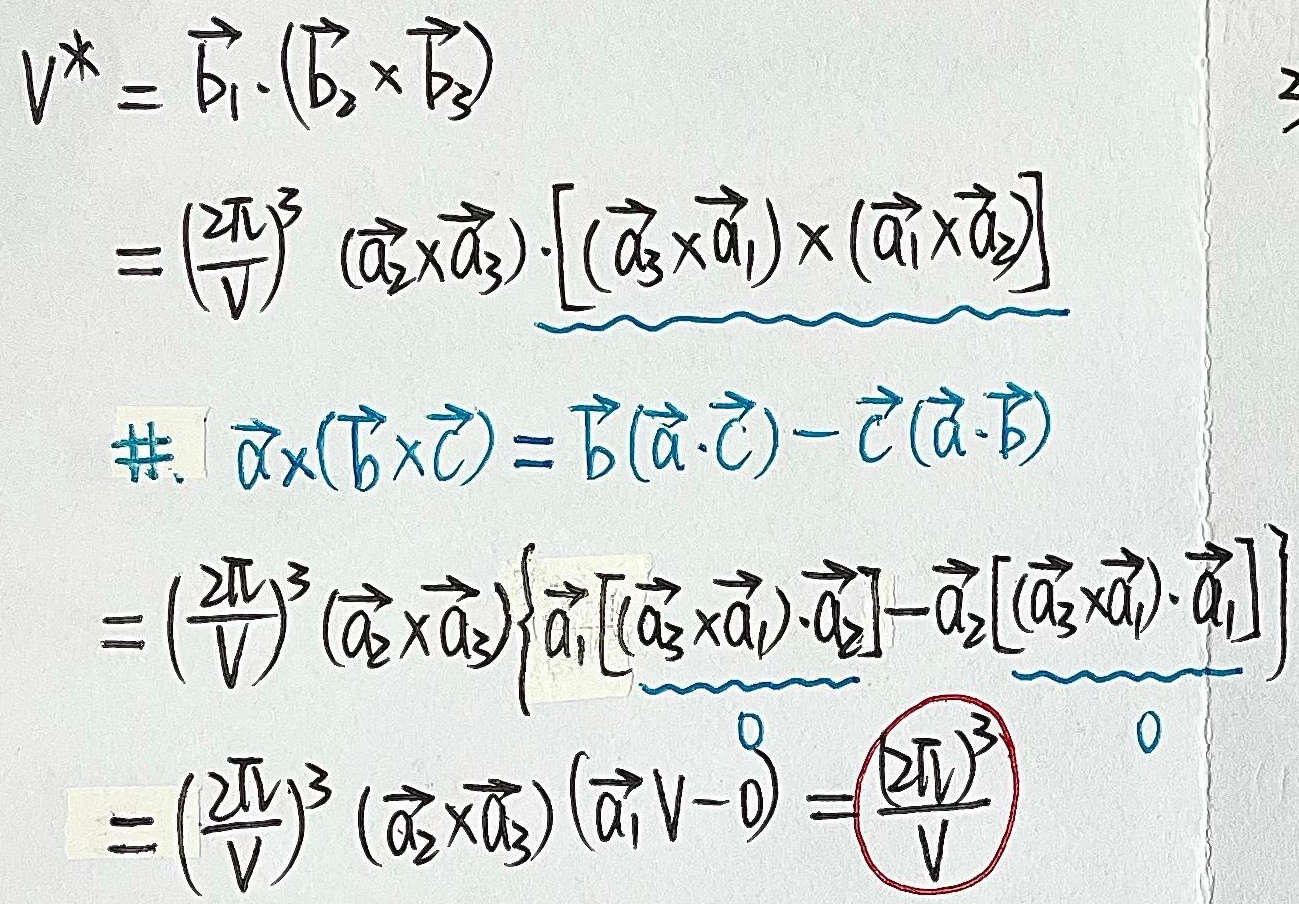
根据向量混合积公式\(\vec{a}\times(\vec{b}\times\vec{c})=\vec{b}(\vec{a}\cdot\vec{c}) - \vec{c}(\vec{a}\cdot\vec{b})\)，有：
\[
\begin{align*}
V^{*}&=\vec{b}_{1}\cdot(\vec{b}_{2}\times\vec{b}_{3})\\
&=\left(\frac{2\pi}{V}\right)^{3}(\vec{a}_{2}\times\vec{a}_{3})\cdot[(\vec{a}_{3}\times\vec{a}_{1})\times(\vec{a}_{1}\times\vec{a}_{2})]\\
&=\left(\frac{2\pi}{V}\right)^{3}(\vec{a}_{2}\times\vec{a}_{3})\left\{\vec{a}_{1}[(\vec{a}_{3}\times\vec{a}_{1})\cdot\vec{a}_{2}]-\vec{a}_{2}[(\vec{a}_{3}\times\vec{a}_{1})\cdot\vec{a}_{1}]\right\}\\
&=\left(\frac{2\pi}{V}\right)^{3}(\vec{a}_{2}\times\vec{a}_{3})(\vec{a}_{1}V - 0)\\
&=\frac{(2\pi)^{3}}{V}
\end{align*}
\]